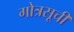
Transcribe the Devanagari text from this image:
गोत्रसूची